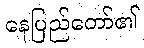
နေပြည်တော်၏